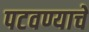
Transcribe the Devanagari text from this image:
पटवण्याचे